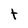
Character: t